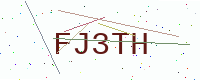
Text: FJ3TH